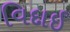
વિદાઈ